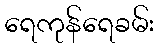
ရေကုန်ရေခမ်း